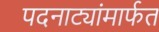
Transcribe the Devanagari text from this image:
पदनाट्यांमार्फत